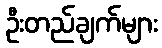
ဦးတည်ချက်များ